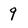
Character: 9